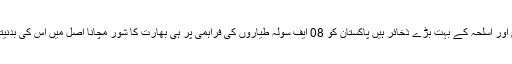
بھارت کے پاس فوج اور اسلحہ کے بہت بڑے ذخائر ہیں پاکستان کو 08 ایف سولہ طیاروں کی فراہمی پر ہی بھارت کا شور مچانا اصل میں اُس کی بدنیتی کو ظاہر کرتا ہے۔